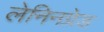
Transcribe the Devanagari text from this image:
लेनिनग्रेड